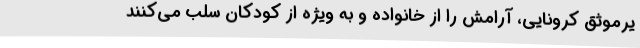
یرموثق کرونایی، آرامش را از خانواده و به ویژه از کودکان سلب می‌کنند